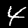
Digit: 4